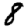
Digit: 8